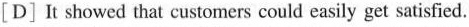
[D] It showed that customers could easily get satisfied.